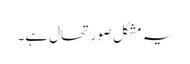
یہ مشکل صورتحال ہے۔